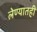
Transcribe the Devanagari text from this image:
लेण्यातही